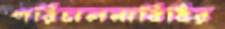
পরিচালনাবিধির